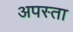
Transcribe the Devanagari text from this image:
अपस्ता